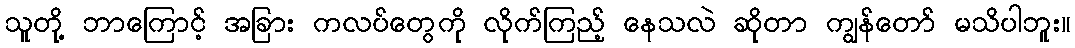
သူတို့ ဘာကြောင့် အခြား ကလပ်တွေကို လိုက်ကြည့် နေသလဲ ဆိုတာ ကျွန်တော် မသိပါဘူး။